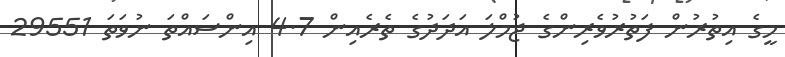
މީގެ އިތުރުން ފަތުރުވެރިންގެ ޖުމްލަ އަދަދުގެ ތެރެއިން 4.7 އިންސައްތަ ނުވަތަ 29551